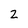
Character: Z